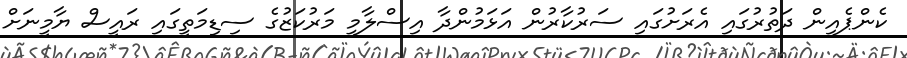
ކެންޕެއިން ދަތުރުގައި އެރަށުގައި ސަރުކާރުން އަޅަމުންދާ އިސްލާމީ މަރުކަޒުގެ ސިޑިމަތީގައި ރައީސް ޔާމީނަށް